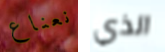
نعناع الذي